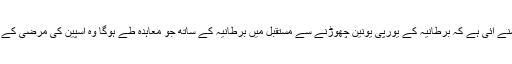
بریگزٹ معاملے پر یہ بات سامنے آئی ہے کہ برطانیہ کے یورپی یونین چھوڑنے سے مستقبل میں برطانیہ کے ساتھ جو معاہدہ طے ہوگا وہ اسپین کی مرضی کے بغیر جبرالٹر پر لاگو نہیں ہوگا۔